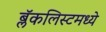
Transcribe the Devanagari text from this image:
ब्लॅकलिस्टमध्ये